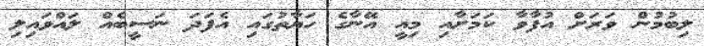
ލިބުމުން ވަރަށް އުފާވާ ކަމަށާއި މިއީ އޭނާގެ ހަޔާތުގައި އެފަދަ ނަސީބެއް ލައްވައިލި